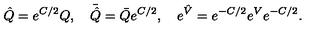
\hat { Q } = { e } ^ { C / 2 } Q , \quad \bar { \hat { Q } } = \bar { Q } { e } ^ { C / 2 } , \quad { e } ^ { \hat { V } } = { e } ^ { - C / 2 } { e } ^ { V } { e } ^ { - C / 2 } .